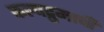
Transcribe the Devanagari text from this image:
कल्पद्रुमाचीं